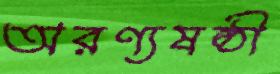
অরণ্যষষ্ঠী